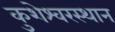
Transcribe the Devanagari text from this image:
कुशेश्वरस्थान